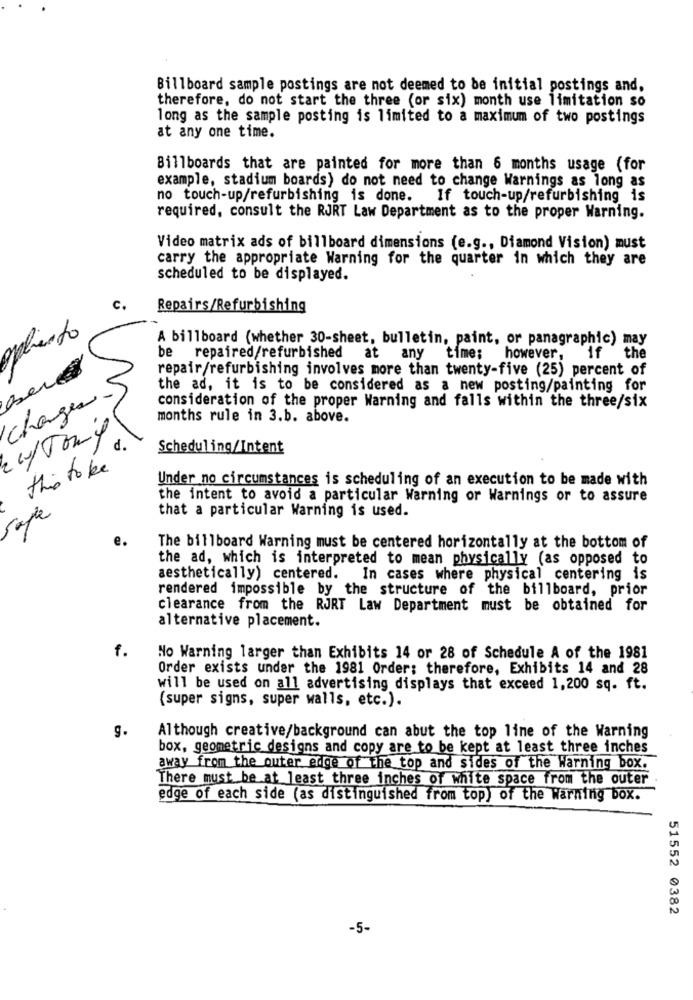
Billboard sample postings are not deemed to be initial postings and,
therefore, do not start the three (or six) month use limitation so
long as the sample posting is limited to a maximum of two postings
at any one time.
Billboards that are painted for more than 6 months usage (for
example, stadium boards) do not need to change Warnings as long as
no touch-up/refurbishing is done. If touch-up/refurbishing is
required, consult the RJRT Law Department as to the proper Warning.
Video matrix ads of billboard dimensions (e.g ., Diamond Vision) must
carry the appropriate Warning for the quarter in which they are
scheduled to be displayed.
c.
Repairs/Refurbishing
opliento
A billboard (whether 30-sheet, bulletin, paint, or panagraphic) may
be repaired/refurbished at any time; however, if the
repair/refurbishing involves more than twenty-five (25) percent of
the ad, it is to be considered as a new posting/painting for
changes.
consideration of the proper Warning and falls within the three/six
months rule in 3.b. above.
w/Tony
Scheduling/Intent
this to be
Under no circumstances is scheduling of an execution to be made with
the intent to avoid a particular Warning or Warnings or to assure
Sape
that a particular Warning is used.
The billboard Warning must be centered horizontally at the bottom of
the ad, which is interpreted to mean physically (as opposed to
aesthetically) centered.
In cases where physical centering is
rendered impossible by the structure of the billboard, prior
clearance from the RJRT Law Department must be obtained for
alternative placement.
f.
No Warning larger than Exhibits 14 or 28 of Schedule A of the 1981
Order exists under the 1981 Order; therefore, Exhibits 14 and 28
will be used on all advertising displays that exceed 1,200 sq. ft.
(super signs, super walls, etc.).
Although creative/background can abut the top line of the Warning
box, geometric designs and copy are to be kept at least three inches
away from the outer edge of the top and sides of the Warning box.
There must be at least three inches of white space from the outer
edge of each side (as distinguished from top) of the Warning box.
51552 0382
-5-